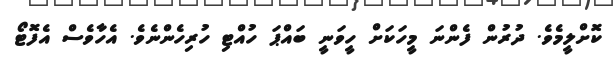
ކޮށްލީމެވެ. ދުރުން ފެންނަ މީހަކަށް ހީވަނީ ބައްޕަ ހުއްޓި ހުރިހެންނެވެ. އެހާވެސް އެފޮޓޯ